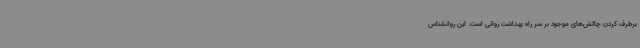
برطرف کردن چالش‌های موجود بر سر راه بهداشت روانی است. این روانشناس